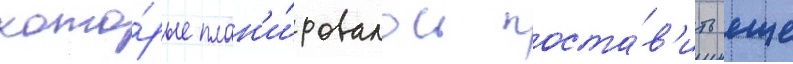
кото́рые план'и́ровалось поста́в'ить еще